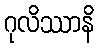
ဂုလိဿာနိ